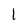
Character: 1